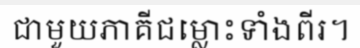
ជាមួយភាគីជម្លោះទាំងពីរ។